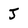
Character: J